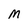
Character: M